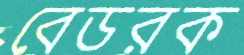
বেডরক